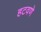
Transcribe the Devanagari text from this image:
हटवणे